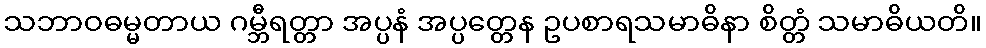
သဘာဝဓမ္မတာယ ဂမ္ဘီရတ္တာ အပ္ပနံ အပ္ပတ္တေန ဥပစာရသမာဓိနာ စိတ္တံ သမာဓိယတိ။